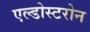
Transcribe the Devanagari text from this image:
एल्डोस्टरोन